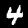
Label: 4